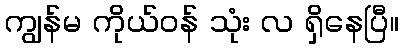
ကျွန်မ ကိုယ်ဝန် သုံး လ ရှိနေပြီ။